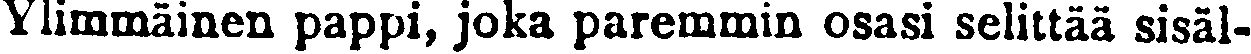
Ylimmäinen pappi, joka paremmin osasi selittää sisäl-